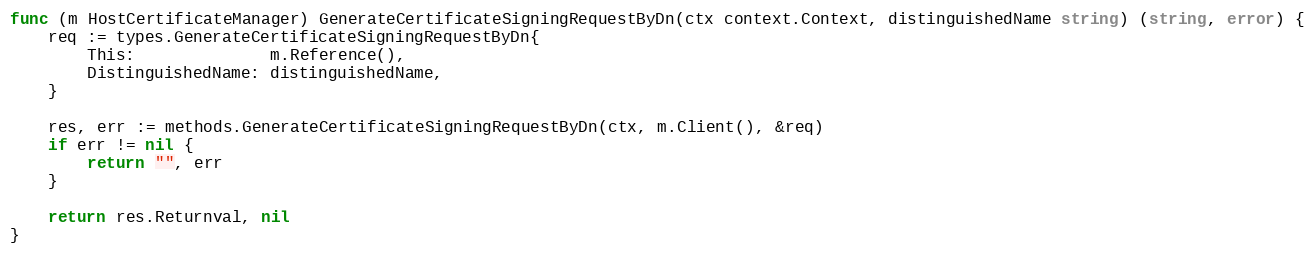
Language: Go
func (m HostCertificateManager) GenerateCertificateSigningRequestByDn(ctx context.Context, distinguishedName string) (string, error) {
	req := types.GenerateCertificateSigningRequestByDn{
		This:              m.Reference(),
		DistinguishedName: distinguishedName,
	}

	res, err := methods.GenerateCertificateSigningRequestByDn(ctx, m.Client(), &req)
	if err != nil {
		return "", err
	}

	return res.Returnval, nil
}